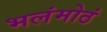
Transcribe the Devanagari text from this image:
भलंमोठं